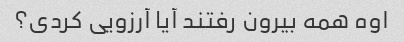
اوه همه بیرون رفتند آیا آرزویی کردی؟